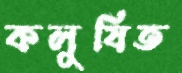
কলুষিত